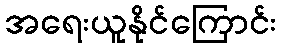
အရေးယူနိုင်ကြောင်း